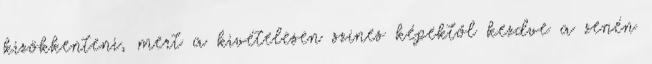
kizökkenteni, mert a kivételesen színes képektől kezdve a zenén